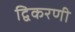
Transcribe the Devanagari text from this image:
द्विकरणी